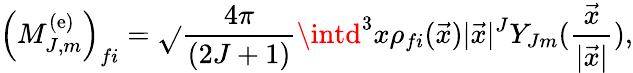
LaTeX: \left(M_{J,m}^{(\mathrm{e})}\right)_{fi}=\sqrt{}{{{\frac{{4\pi}}{{(2J+1)}}}}}\intd^{3}x\rho_{fi}(\vec{{x}})|\vec{{x}}|^{J}Y_{Jm}({\frac{{\vec{{x}}}}{{|\vec{{x}}|}}}),